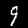
Digit: 9